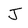
Character: J